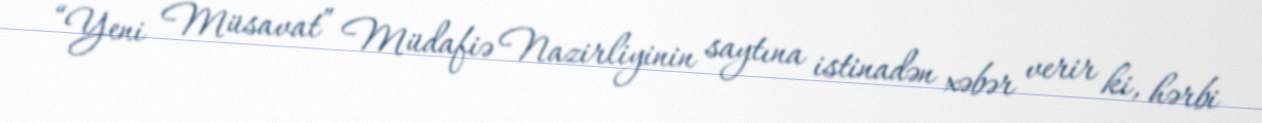
“Yeni Müsavat” Müdafiə Nazirliyinin saytına istinadən xəbər verir ki, hərbi